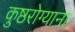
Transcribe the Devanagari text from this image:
कुष्ठरोग्याना